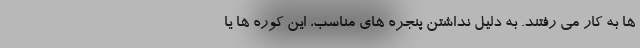
ها به کار می رفتند. به دلیل نداشتن پنجره های مناسب، این کوره ها یا